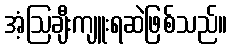
အံ့ဩချီးကျူးရဆဲဖြစ်သည်။